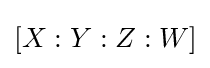
[X:Y:Z:W]